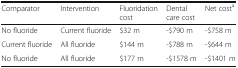
| Comparator | Intervention | Fluoridation cost | Dental care cost | Net costa |
 | --- | --- | --- | --- | --- |
 | No fluoride | Current fluoride | $32 m | -$790 m | -$758 m |
 | Current fluoride | All fluoride | $144 m | -$788 m | -$644 m |
 | No fluoride | All fluoride | $177 m | -$1578 m | -$1401 m |